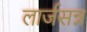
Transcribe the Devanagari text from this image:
लार्जसन्न